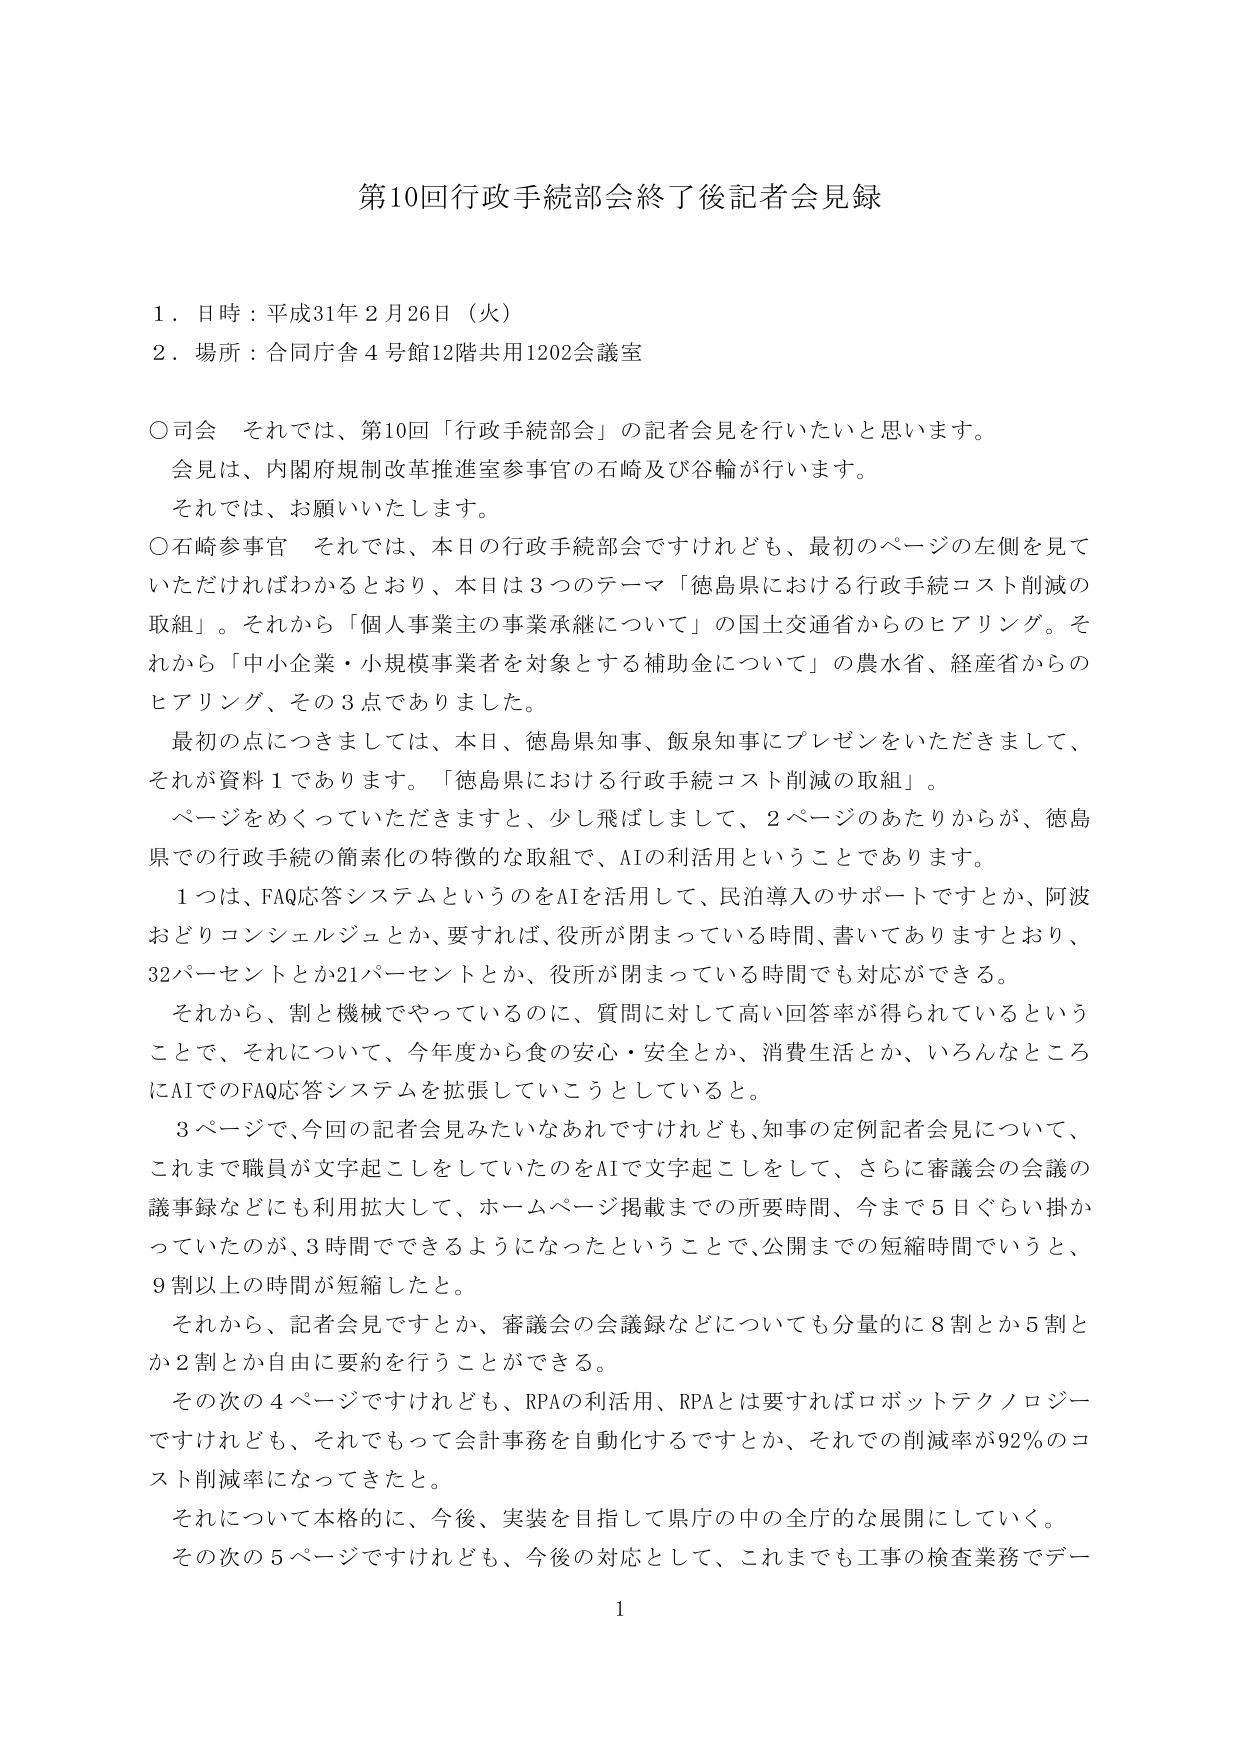
第10回行政手続部会終了後記者会見録

１．日時：平成31年2月26日（火）
２．場所：合同庁舎4号館12階共用1202会議室

○司会　それでは、第10回「行政手続部会」の記者会見を行いたいと思います。
　会見は、内閣府規制改革推進室参事官の石崎及び谷輪が行います。
　それでは、お願いいたします。

○石崎参事官　それでは、本日の行政手続部会ですけれども、最初のページの左側を見ていただければわかるとおり、本日は3つのテーマ「徳島県における行政手続コスト削減の取組」。それから「個人事業主の事業承継について」の国土交通省からのヒアリング。それから「中小企業・小規模事業者を対象とする補助金について」の農水省、経産省からのヒアリング、その3点でありました。

　最初の点につきましては、本日、徳島県知事、飯泉知事にプレゼンをいただきまして、それが資料1であります。「徳島県における行政手続コスト削減の取組」。

　ページをめくっていただきますと、少し飛ばしまして、2ページのあたりからが、徳島県での行政手続の簡素化の特徴的な取組で、AIの利活用ということであります。

　1つは、FAQ応答システムというのをAIを活用して、民泊導入のサポートですとか、阿波おどりコンシェルジュとか、要すれば、役所が閉まっている時間、書いてありますとおり、32パーセントとか21パーセントとか、役所が閉まっている時間でも対応ができる。

　それから、割と機械でやっているのに、質問に対して高い回答率が得られているということで、それについて、今年度から食の安心・安全とか、消費生活とか、いろんなところにAIでのFAQ応答システムを拡張していこうとしていると。

　3ページで、今回の記者会見みたいなあれですけれども、知事の定例記者会見について、これまで職員が文字起こしをしていたのをAIで文字起こしをして、さらに審議会の会議の議事録などにも利用拡大して、ホームページ掲載までの所要時間、今まで5日ぐらい掛かっていたのが、3時間でできるようになったということで、公開までの短縮時間でいうと、9割以上の時間が短縮したと。

　それから、記者会見ですとか、審議会の会議録などについても分量的に8割とか5割とか2割とか自由に要約を行うことができる。

　その次の4ページですけれども、RPAの利活用、RPAとは要すればロボットテクノロジーですけれども、それでもって会計事務を自動化するですとか、それでの削減率が92％のコスト削減率になってきたと。

　それについて本格的に、今後、実装を目指して県庁の中の全庁的な展開にしていく。

　その次の5ページですけれども、今後の対応として、これまでも工事の検査業務でデー

1